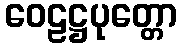
ဝေဠဋ္ဌပုတ္တော